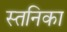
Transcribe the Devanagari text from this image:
स्तनिका